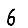
Digit: 6